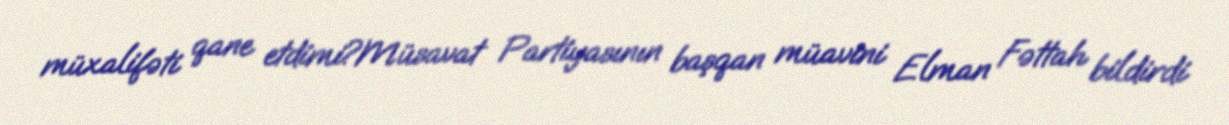
müxalifəti qane etdimi?Müsavat Partiyasının başqan müavini Elman Fəttah bildirdi